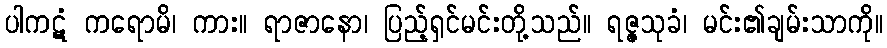
ပါကဋံ ကရောမိ၊ ကား။ ရာဇာနော၊ ပြည့်ရှင်မင်းတို့သည်။ ရဇ္ဇသုခံ၊ မင်း၏ချမ်းသာကို။